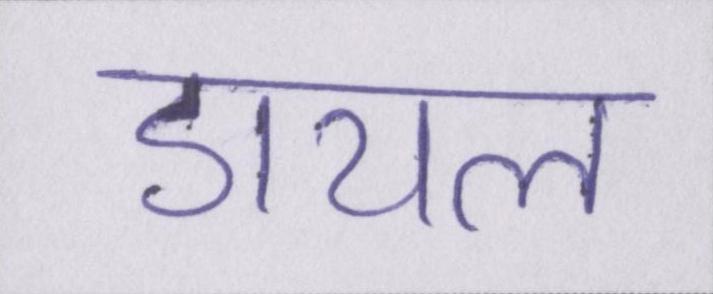
डायल